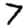
Digit: 7